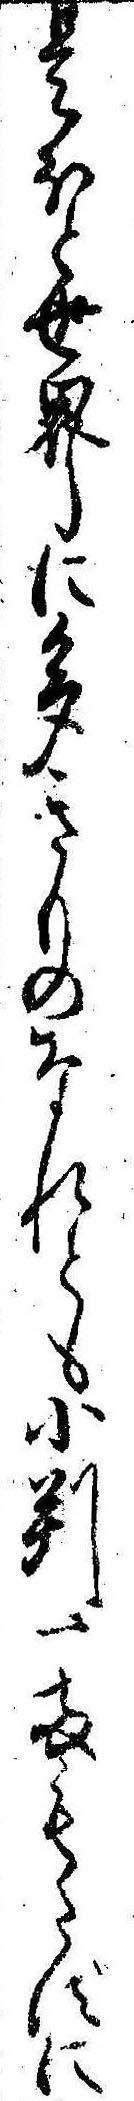
是ほと世界に多きものなれとも小判一両もたずに